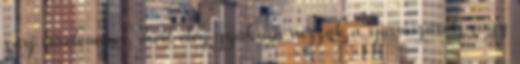
várj türelemmel, mert elég gyakran nézzük a spamszűrőt, vagy